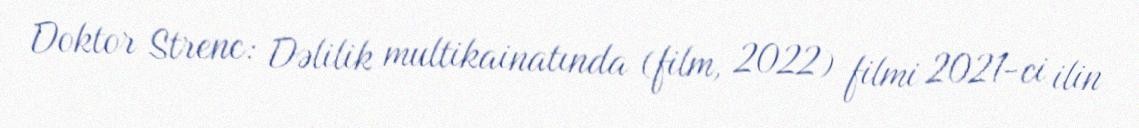
Doktor Strenc: Dəlilik multikainatında (film, 2022) filmi 2021-ci ilin